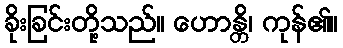
ခိုးခြင်းတို့သည်။ ဟောန္တိ၊ ကုန်၏။